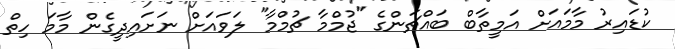
ކުޑައިރު މާމައަށް އަމީތާބް ބައްޗަންގެ "ޖުމްމާ ޗުމްމާ" ލަވައަށް ނަށައިދީގެން މާމަ ހިތް